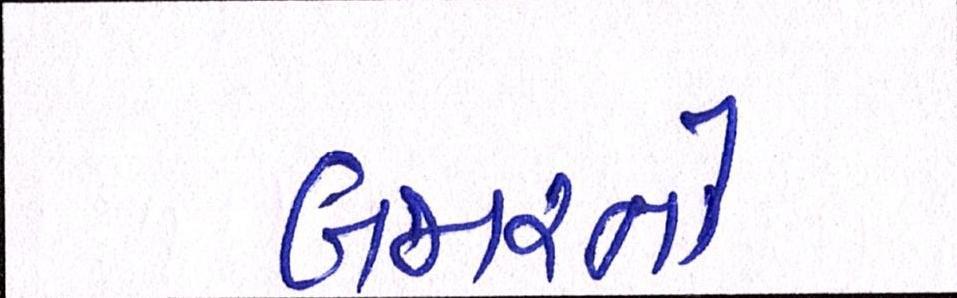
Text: બજારનો